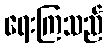
ရေးကြသည်